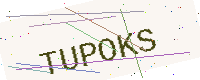
Text: TUPOKS